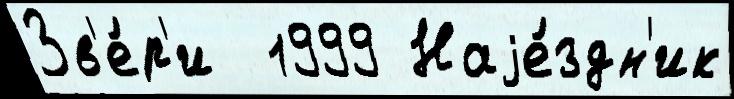
Зв'е́р'и  1999 Наjе́здн'ик